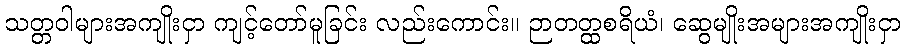
သတ္တဝါများအကျိုးငှာ ကျင့်တော်မူခြင်း လည်းကောင်း။ ဉာတတ္ထစရိယံ၊ ဆွေမျိုးအများအကျိုးငှာ